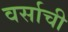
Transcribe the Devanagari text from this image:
वर्साची